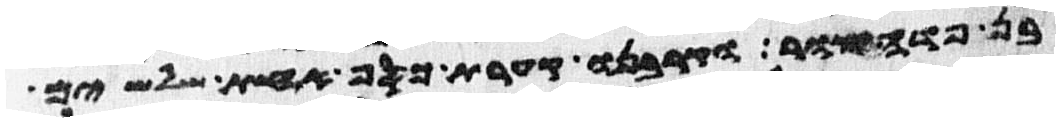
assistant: בן פדהצור וקרבנו קערת כסף אחת שלשים